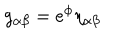
g _ { \alpha \beta } = e ^ { \phi } \eta _ { \alpha \beta }